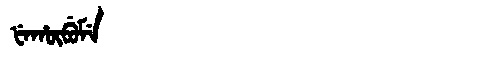
Manchu: ᡶᡝᡥᡡᠪᡠᠮᡝ
Romanization: FEHŪBUME